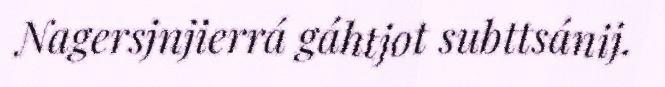
Nagersjnjierrá gáhtjot subttsánij.